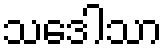
သဒေါသာ